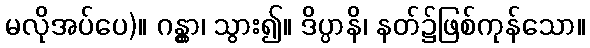
မလိုအပ်ပေ)။ ဂန္တွာ၊ သွား၍။ ဒိပ္ပာနိ၊ နတ်၌ဖြစ်ကုန်သော။